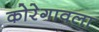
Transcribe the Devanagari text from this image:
कोरेगावला